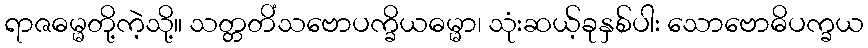
ရာဇဓမ္မတို့ကဲ့သို့။ သတ္တတိံသဗောပက္ခိယဓမ္မာ၊ သုံးဆယ့်ခုနှစ်ပါး သောဗောဓိပက္ခယ